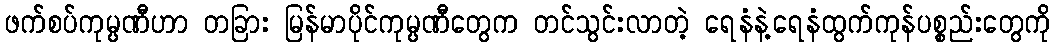
ဖက်စပ်ကုမ္ပဏီဟာ တခြား မြန်မာပိုင်ကုမ္ပဏီတွေက တင်သွင်းလာတဲ့ ရေနံနဲ့ရေနံထွက်ကုန်ပစ္စည်းတွေကို